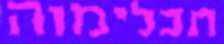
תכלימוה